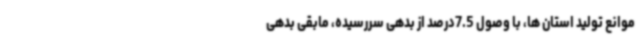
موانع تولید استان ها، با وصول 7.5درصد از بدهی سررسیده، مابقی بدهی